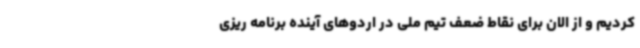
کردیم و از الان برای نقاط ضعف تیم ملی در اردوهای آینده برنامه ریزی